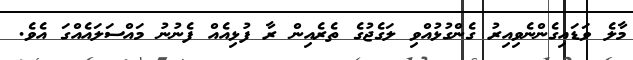
މާލެ ވަޑައިގެންނެވިއިރު ގެންގުޅުއްވި ލަގެޖުގެ ތެރެއިން ރާ ފުޅިއެއް ފެނުނު މައްސަލައެއްގަ އެވެ.